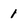
Character: 1